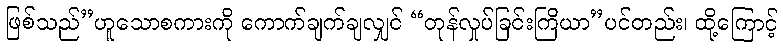
ဖြစ်သည်”ဟူသောစကားကို ကောက်ချက်ချလျှင် “တုန်လှုပ်ခြင်းကြိယာ”ပင်တည်း၊ ထို့ကြောင့်